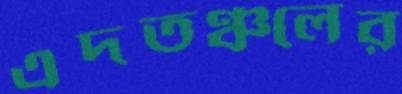
এদতঞ্চলের